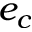
e _ { c }